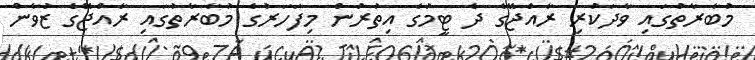
މުބާރާތުގައި ވާދަކުރި ރާއްޖޭގެ ދެ ޓީމުގެ އިތުރުން މިފަހަރުގެ މުބާރާތުގައި ރާއްޖޭގެ ޒުވާން